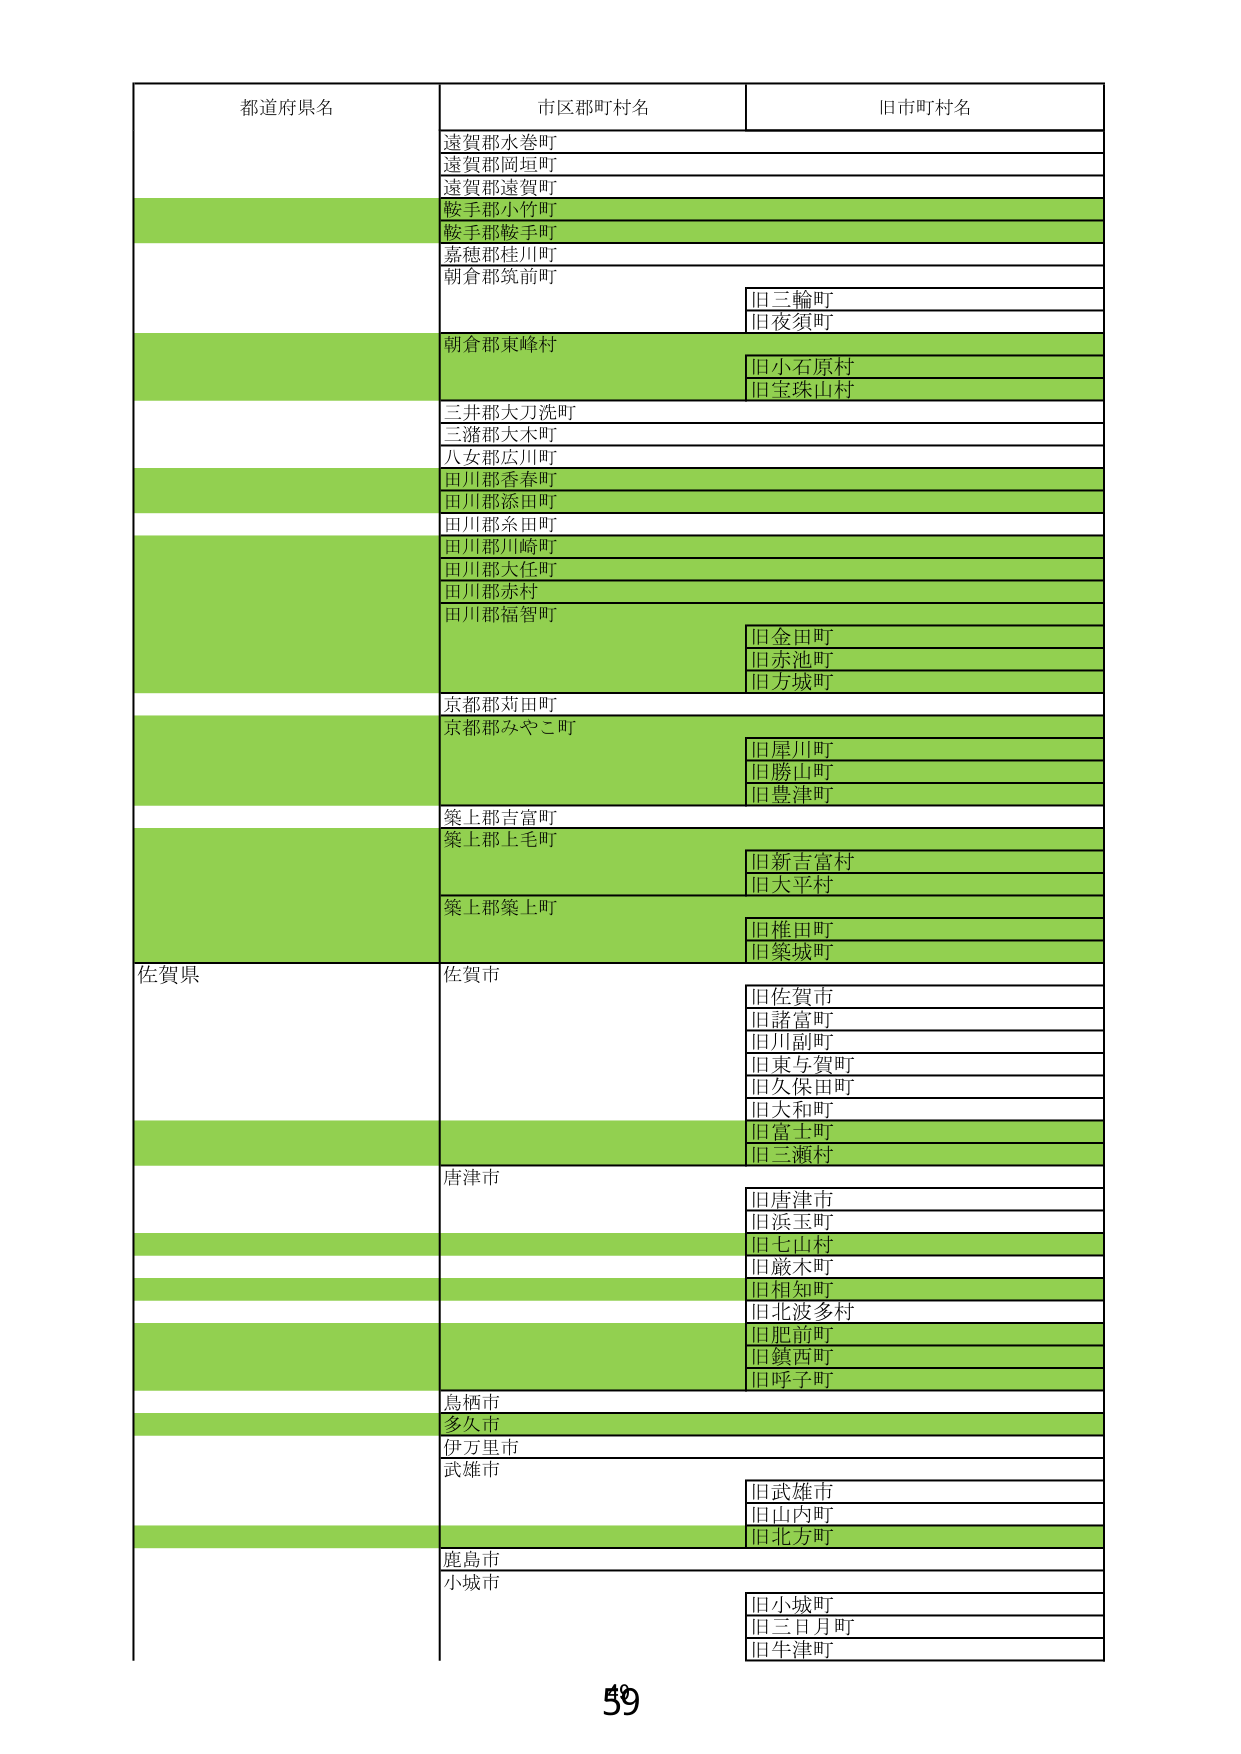
都道府県名 市区郡町村名 旧市町村名
遠賀郡水巻町
遠賀郡岡垣町
遠賀郡遠賀町
鞍手郡小竹町
鞍手郡鞍手町
嘉穂郡桂川町
朝倉郡筑前町
旧三輪町
旧夜須町
朝倉郡東峰村
旧小石原村
旧宝珠山村
三井郡大刀洗町
三潴郡大木町
八女郡広川町
田川郡香春町
田川郡添田町
田川郡糸田町
田川郡川崎町
田川郡大任町
田川郡赤村
田川郡福智町
旧金田町
旧赤池町
旧方城町
京都郡苅田町
京都郡みやこ町
旧尾川町
旧勝山町
旧豊津町
築上郡吉富町
築上郡上毛町
旧新吉富村
旧大平村
築上郡築上町
旧椎田町
旧築城町
佐賀県 佐賀市
旧佐賀市
旧諸富町
旧川副町
旧東与賀町
旧久保田町
旧大和町
旧富士町
旧二瀬村
唐津市
旧唐津市
旧浜玉町
旧七山村
旧厳木町
旧相知町
旧北波多村
旧肥前町
旧鎮西町
旧呼子町
鳥栖市
多久市
伊万里市
武雄市
旧武雄市
旧山内町
旧北方町
鹿島市
小城市
旧小城町
旧三日月町
旧牛津町
59